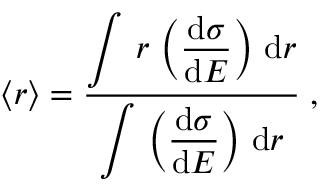
\langle r \rangle = \frac { \displaystyle { \int \, r \, \left( \frac { \mathrm { d } \sigma } { \mathrm { d } E } \right) \, \mathrm { d } r } } { \displaystyle { \int \, \left( \frac { \mathrm { d } \sigma } { \mathrm { d } E } \right) \, \mathrm { d } r } } \; ,